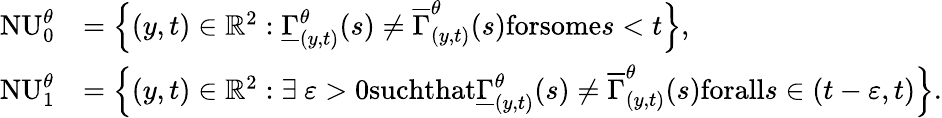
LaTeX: \begin{array}{rl}{\mathrm{NU}_{0}^{\theta}}&{=\left\{ (y,t)\in\mathbb{R}^{2}:\underline{{\Gamma}}_{(y,t)}^{\theta}(s)\neq\overline{{\Gamma}}_{(y,t)}^{\theta}(s)\textrm{forsome}s<t\right\} ,}\\ {\mathrm{NU}_{1}^{\theta}}&{=\left\{ (y,t)\in\mathbb{R}^{2}:\exists~\varepsilon>0\textrm{suchthat}\underline{{\Gamma}}_{(y,t)}^{\theta}(s)\neq\overline{{\Gamma}}_{(y,t)}^{\theta}(s)\textrm{forall}s\in(t-\varepsilon,t)\right\} .}\end{array}